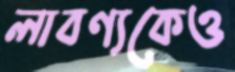
লাবণ্যকেও